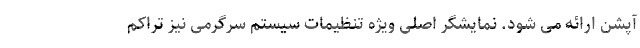
آپشن ارائه می شود. نمایشگر اصلی ویژه تنظیمات سیستم سرگرمی نیز تراکم